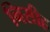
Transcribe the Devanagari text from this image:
निसीह